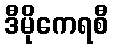
ဒီမိုကေရစီ